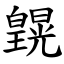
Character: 皩